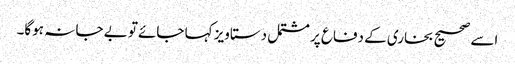
اسے صحیح بخاری کے دفاع پر مشتمل دستاویز کہا جائےتو بے جا نہ ہوگا۔